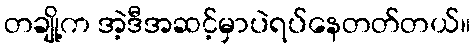
တချို့က အဲ့ဒီအဆင့်မှာပဲရပ်နေတတ်တယ်။